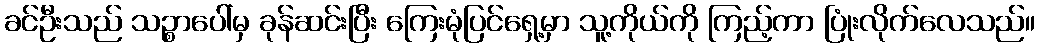
ခင်ဦးသည် သဉ္စာပေါ်မှ ခုန်ဆင်းပြီး ကြေးမုံပြင်ရှေ့မှာ သူ့ကိုယ်ကို ကြည့်ကာ ပြုံးလိုက်လေသည်။